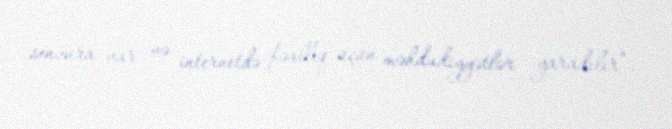
senzura var və internetdə fəallıq üçün məhdudiyyətlər yaradılır”.